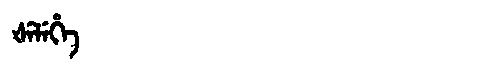
Manchu: ᡧᡝᠯᡝᡥᡝ
Romanization: ŠELEHE